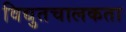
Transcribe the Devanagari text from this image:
विद्युतचालकता